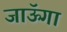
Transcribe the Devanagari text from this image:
जाऊॅगा